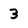
Character: 3